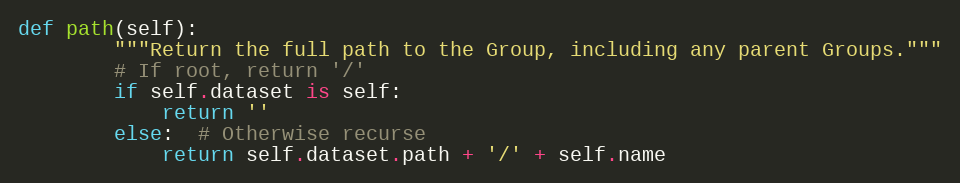
Language: Python
def path(self):
        """Return the full path to the Group, including any parent Groups."""
        # If root, return '/'
        if self.dataset is self:
            return ''
        else:  # Otherwise recurse
            return self.dataset.path + '/' + self.name